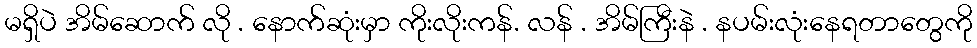
မရှိပဲ အိမ်ဆောက် လို . နောက်ဆုံးမှာ ကိုးလိုးကန်. လန် . အိမ်ကြီးနဲ . နပမ်းလုံးနေရတာတွေကို